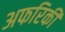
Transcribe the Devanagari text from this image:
अफरिकी